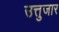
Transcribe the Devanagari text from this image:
उत्तुजार